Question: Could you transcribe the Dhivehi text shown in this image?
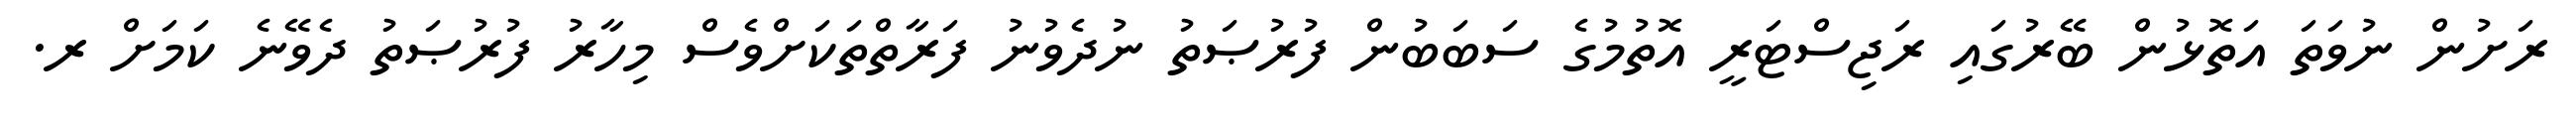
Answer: ރަށުން ނުވަތަ އަތޮޅުން ބޭރުގައި ރަޖިސްޓަރީ އޮތުމުގެ ސަބަބުން ފުރުޞަތު ނުދެވުނު ފަރާތްތަކަށްވެސް މިހާރު ފުރުޞަތު ދެވޭނެ ކަމަށް ރ.